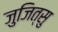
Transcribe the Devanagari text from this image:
जुजित्सु